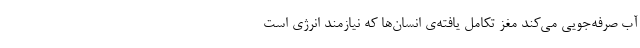
آب صرفه‌جویی می‌کند مغز تکامل یافته‌ی انسان‌ها که نیازمند انرژی است